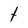
Character: t